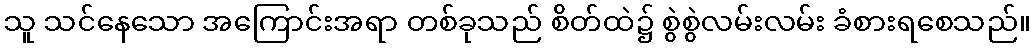
သူ သင်နေသော အကြောင်းအရာ တစ်ခုသည် စိတ်ထဲ၌ စွဲစွဲလမ်းလမ်း ခံစားရစေသည်။